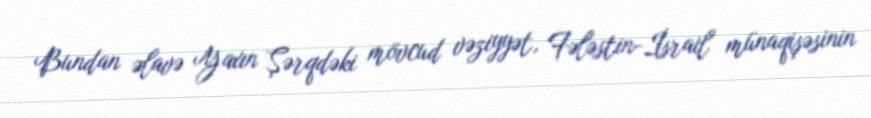
Bundan əlavə Yaxın Şərqdəki mövcud vəziyyət, Fələstin-İsrail münaqişəsinin